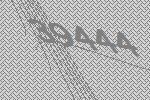
39444